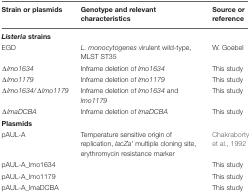
| Strain or plasmids | Genotype and relevant characteristics | Source or reference |
 | --- | --- | --- |
 | Listeria strains |  |
 | EGD | L. monocytogenes virulent wild-type, MLST ST35 | W. Goebel |
 | Δlmo1634 | Inframe deletion of lmo1634 | This study |
 | Δlmo1179 | Inframe deletion of lmo1179 | This study |
 | Δlmo1634/Δlmo1179 | Inframe deletion of lmo1634 and lmo1179 | This study |
 | ΔlmaDCBA | Inframe deletion of lmaDCBA | This study |
 | Plasmids |  |  |
 | pAUL-A | Temperature sensitive origin of replication, lacZa’ multiple cloning site, erythromycin resistance marker | Chakraborty et al., 1992 |
 | pAUL-A_lmo1634 |  | This study |
 | pAUL-A_lmo1179 |  | This study |
 | pAUL-A_lmaDCBA |  | This study |